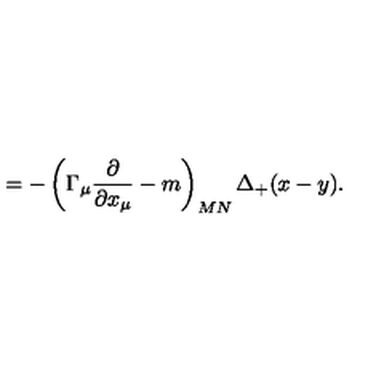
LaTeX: = - \left( \Gamma _ { \mu } \frac \partial { \partial x _ { \mu } } - m \right) _ { M N } \Delta _ { + } ( x - y ) .